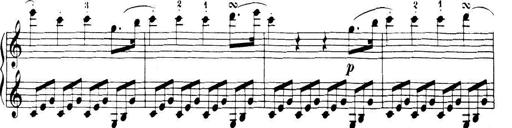
Title: 32 Sonatinas and Rondos for the Piano
Composer: Richard Kleinmichel